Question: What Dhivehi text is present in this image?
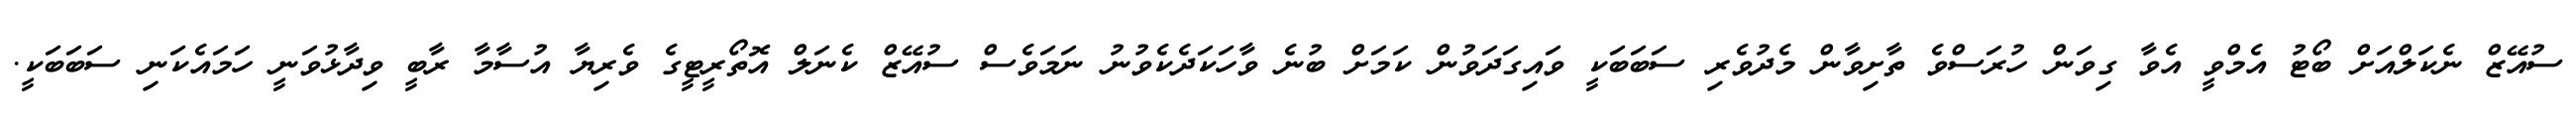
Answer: ސުއޭޒް ނެކަލްއަށް ބޯޓު އެމްވީ އެވާ ގިވަން ހުރަސްވެ ތާށިވާން މެދުވެރި ސަބަބަކީ ވައިގަދަވުން ކަމަށް ބުނެ ވާހަކަދެކެވުނު ނަމަވެސް ސުއޭޒް ކެނަލް އޮތޯރީޓީގެ ވެރިޔާ އުސާމާ ރާބީ ވިދާޅުވަނީ ހަމައެކަނި ސަބަބަކީ.